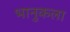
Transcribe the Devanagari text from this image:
भानुकला